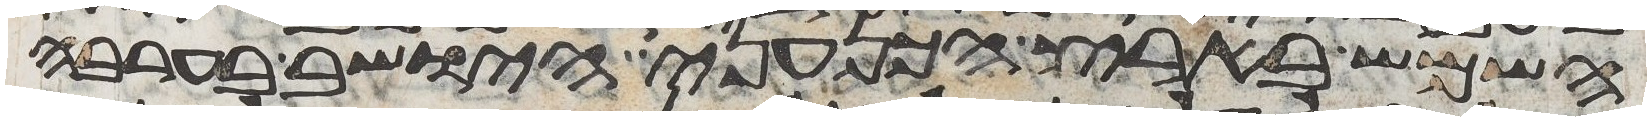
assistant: השמש בארץ הכנעני הישב בערבה